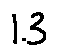
1 . 3